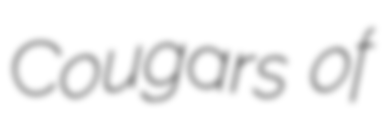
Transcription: Cougars of